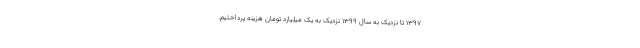
۱۳۹۷ تا نزدیک به سال ۱۳۹۹ نزدیک به یک میلیارد تومان هزینه پرداختیم.